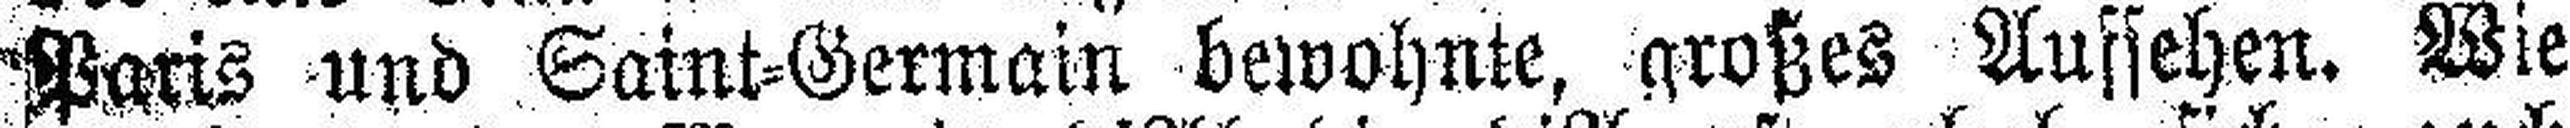
Paris und Saint=Germain bewohnte, großes Aufsehen. Wie